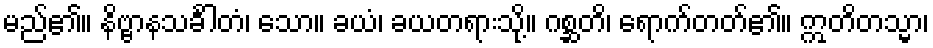
မည်၏။ နိဗ္ဗာနသင်္ခါတံ၊ သော။ ခယံ၊ ခယတရားသို့။ ဂစ္ဆတိ၊ ရောက်တတ်၏။ ဣတိတသ္မာ၊